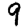
Digit: 9